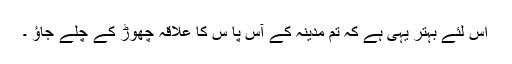
اس لئے بہتر یہی ہے کہ تم مدینہ کے آس پا س کا علاقہ چھوڑ کے چلے جاؤ ۔